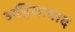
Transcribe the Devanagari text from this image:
अहिंसावाद